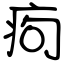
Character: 痀